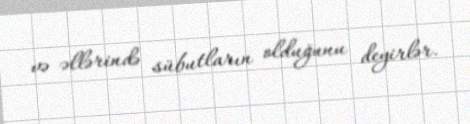
və əllərində sübutların olduğunu deyirlər.